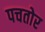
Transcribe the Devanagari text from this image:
पचतोर